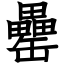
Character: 罍